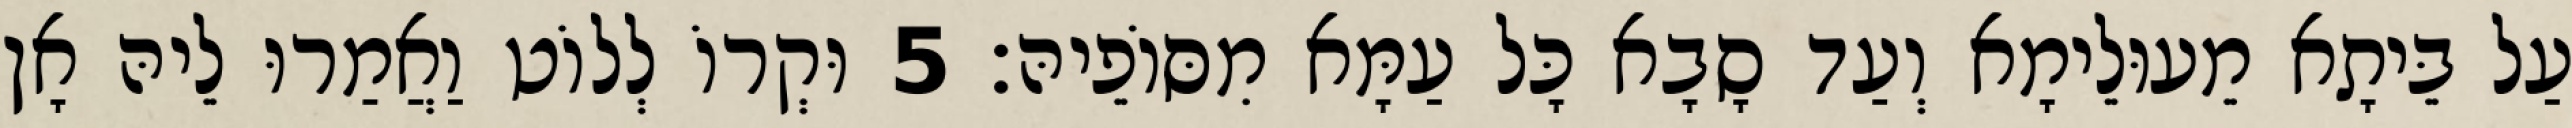
עַל בֵּיתָא מֵעוּלֵימָא וְעַד סָבָא כָּל עַמָּא מִסּוֹפֵיהּ׃ 5 וּקְרוֹ לְלוֹט וַאֲמַרוּ לֵיהּ אָן